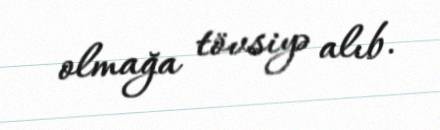
olmağa tövsiyə alıb.